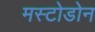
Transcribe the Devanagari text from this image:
मस्टोडोन